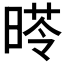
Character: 𣉏